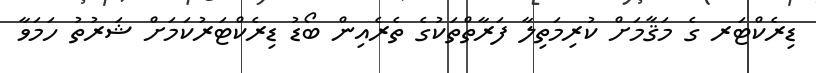
ޑިރެކްޓަރ ގެ މަޤާމަށް ކުރިމަތިލާ ފަރާތްތަކުގެ ތެރެއިން ބޯޑު ޑިރެކްޓަރުކަމަށް ޝަރުތު ހަމަވާ